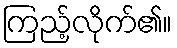
ကြည့်လိုက်၏။